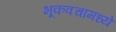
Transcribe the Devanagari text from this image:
भूकवचामध्ये